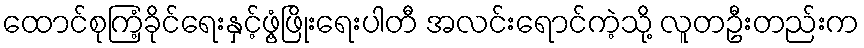
ထောင်စုကြံ့ခိုင်ရေးနှင့်ဖွံ့ဖြိုးရေးပါတီ အလင်းရောင်ကဲ့သို့ လူတဦးတည်းက